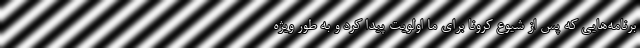
برنامه‌هایی که پس از شیوع کرونا برای ما اولویت پیدا کرد و به طور ویژه